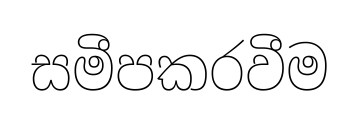
සමීපකරවීම